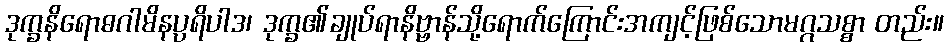
ဒုက္ခနိရောဓဂါမိနပ္ပရိပါဒ၊ ဒုက္ခ၏ချုပ်ရာနိဗ္ဗာန်သို့ရောက်ကြောင်းအကျင့်ဖြစ်သောမဂ္ဂသစ္စာ တည်း။